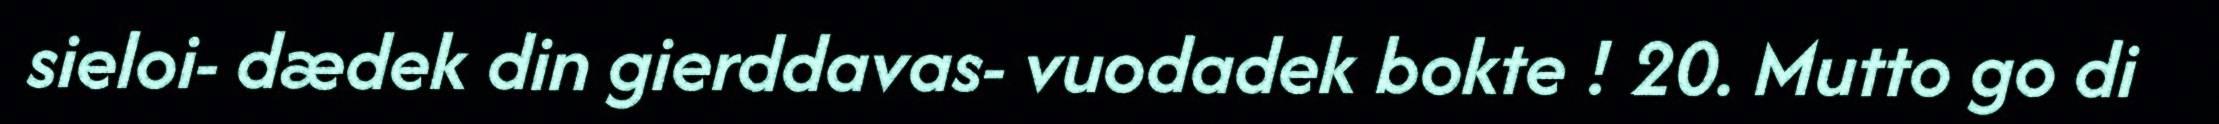
sieloi- dædek din gierddavas- vuodadek bokte ! 20. Mutto go di